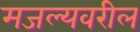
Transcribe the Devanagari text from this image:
मजल्यवरील